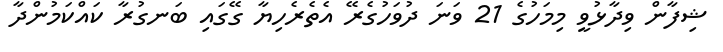
ޝިފާން ވިދާޅުވީ މިމަހުގެ 21 ވަނަ ދުވަހުގެރޭ އެތެރެހިޔާ ގޭގައި ބަނގުރާ ކައްކަމުންދާ